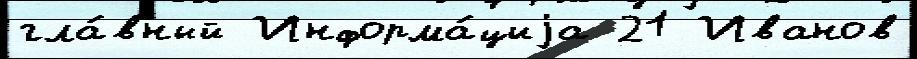
гла́вный Информа́циjа 21 Иванов